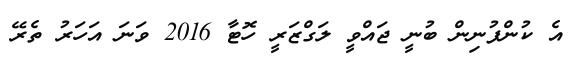
އެ ކުންފުނިން ބުނީ ޖައްވީ ލަގްޒަރީ ހޮޓާ 2016 ވަނަ އަހަރު ތެރޭ